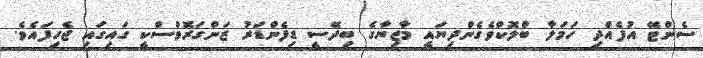
ސެންޓޭ އުފެއްދި ހަމަލާ ބްލޮކްވެގެންދިޔައީ މާޒިޔާގެ ބިދޭސީ ޑިފެންޑަރު ޒަންގަރޮވްސްކީ ގައިގައި ޖެހިފައެވެ.